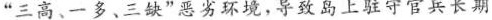
”三高、一多、三缺”恶劣环境，导致岛上驻守官兵长期